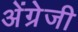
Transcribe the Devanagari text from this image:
अेंग्रेजी